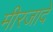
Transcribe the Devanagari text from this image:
मीरजादे